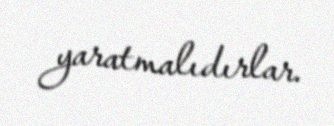
yaratmalıdırlar.